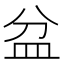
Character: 盆